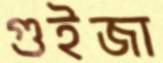
গুইজা